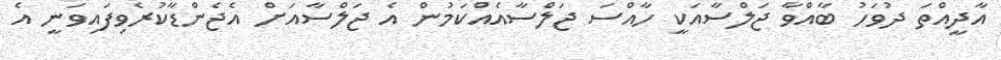
އާދީއްތަ ދުވަހު ބާއްވާ ޖަލްސާއަކީ ހާއްސަ ޖަލްސާއެއްކަމުން އެ ޖަލްސާއަށް އެޖެންޑާކުރެވިފައިވަނީ އެ